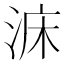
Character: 𣵄